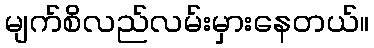
မျက်စိလည်လမ်းမှားနေတယ်။